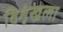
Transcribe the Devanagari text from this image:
विशृंखला